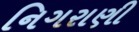
નિગરાણી